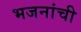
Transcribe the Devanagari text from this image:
भजनांची